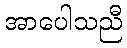
အာပေါသညီ